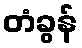
တံခွန်